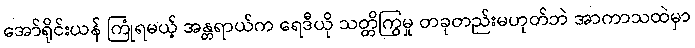
အော်ရိုင်းယန် ကြုံရမယ့် အန္တရာယ်က ရေဒီယို သတ္တိကြွမှု တခုတည်းမဟုတ်ဘဲ အာကာသထဲမှာ